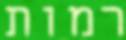
רמות